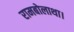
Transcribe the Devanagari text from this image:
रामबोलाथा।